Cultivation of the bacillus of leprosy and the treatment of cases by means of a vaccine prepared from the cultivations - Number 42
Disease focus: Leprosy
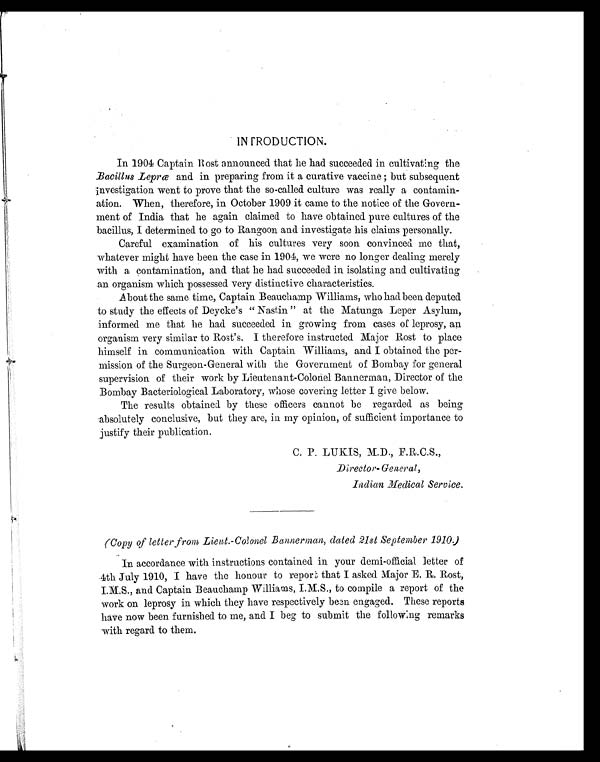
INTRODUCTION.
In 1904 Captain Rost announced that he had succeeded in cultivating the
Bacillus Leprœ and in preparing from it a curative vaccine; but subsequent
investigation went to prove that the so-called culture was really a contamin-
ation. When, therefore, in October 1909 it came to the notice of the Govern-
ment of India that he again claimed to have obtained pure cultures of the
bacillus, I determined to go to Rangoon and investigate his claims personally.
Careful examination of his cultures very soon convinced me that,
whatever might have been the case in 1904, we were no longer dealing merely
with a contamination, and that he had succeeded in isolating and cultivating
an organism which possessed very distinctive characteristics.
About the same time, Captain Beauchamp Williams, who had been deputed
to study the effects of Deycke's "Nastin" at the Matunga Leper Asylum,
informed me that he had succeeded in growing from cases of leprosy, an
organism very similar to Rost's. I therefore instructed Major Rost to place
himself in communication with Captain Williams, and I obtained the per-
mission of the Surgeon-General with the Government of Bombay for general
supervision of their work by Lieutenant-Colonel Bannerman, Director of the
Bombay Bacteriological Laboratory, whose covering letter I give below.
The results obtained by these officers cannot be regarded as being
absolutely conclusive, but they are, in my opinion, of sufficient importance to
justify their publication.
C. P. LUKIS, M.D., F.R.C.S.,
Director- General,
Indian Medical Service.
(Copy of letter from Lient.-Colonel Bannerman, dated 21st September 1910.)
In accordance with instructions contained in your demi-official letter of
4th July 1910, I have the honour to report that I asked Major E.R. Rost,
I.M.S., and Captain Beauchamp Williams, I.M.S., to compile a report of the
work on leprosy in which they have respectively been engaged. These reports
have now been furnished to me, and I beg to submit the following remarks
with regard to them.